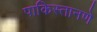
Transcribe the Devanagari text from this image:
पाकिस्तानणे